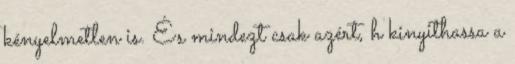
kényelmetlen is. És mindezt csak azért, h kinyithassa a